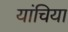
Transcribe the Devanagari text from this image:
यांचिया